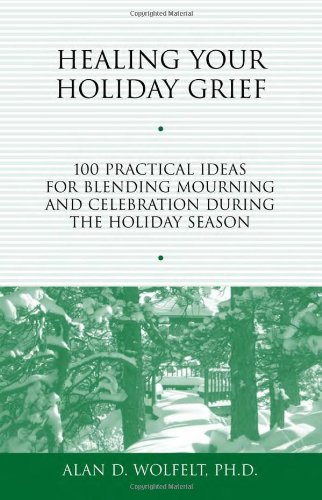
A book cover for Healing Your Holiday Grief: 100 Practical Ideas for Blending Mourning and Celebration During the Holiday Season (Healing Your Grieving Heart series); Alan D. Wolfelt PhD; Politics & Social Sciences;